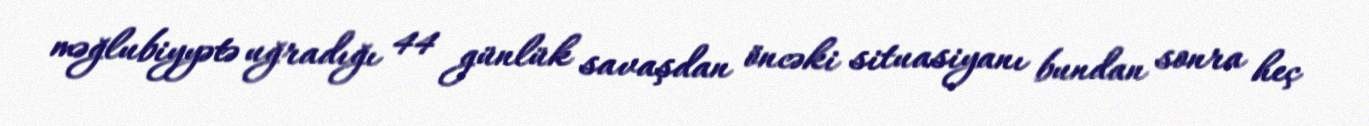
məğlubiyyətə uğradığı 44 günlük savaşdan öncəki situasiyanı bundan sonra heç